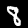
Label: 8